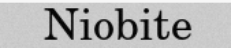
Niobite